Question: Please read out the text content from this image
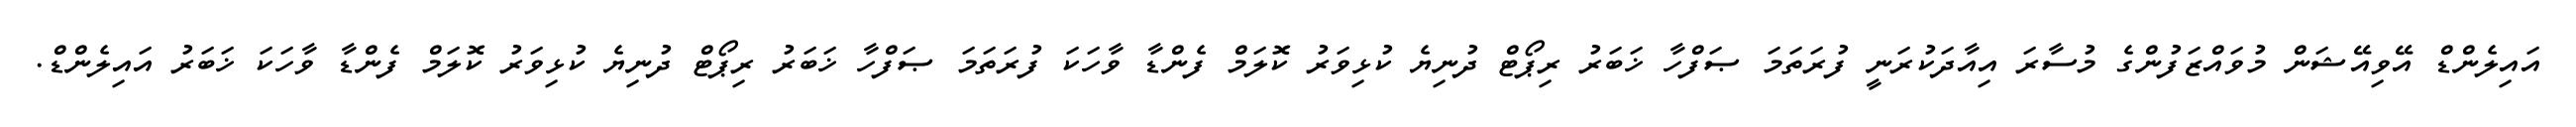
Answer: އައިލެންޑް އޭވިއޭޝަން މުވައްޒަފުންގެ މުސާރަ އިއާދަކުރަނީ ފުރަތަމަ ޞަފްހާ ޚަބަރު ރިޕޯޓް ދުނިޔެ ކުޅިވަރު ކޮލަމް ފެންޑާ ވާހަކަ ފުރަތަމަ ޞަފްހާ ޚަބަރު ރިޕޯޓް ދުނިޔެ ކުޅިވަރު ކޮލަމް ފެންޑާ ވާހަކަ ޚަބަރު އައިލެންޑް.